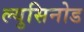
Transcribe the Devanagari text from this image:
ल्युसिनोड